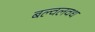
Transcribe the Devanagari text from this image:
बल्वलवध